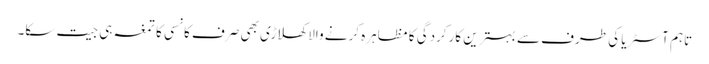
تاہم آسٹریا کی طرف سے بہترین کارکردگی کا مظاہرہ کرنے والا کھلاڑی بھی صرف کانسی کا تمغہ ہی جیت سکا۔